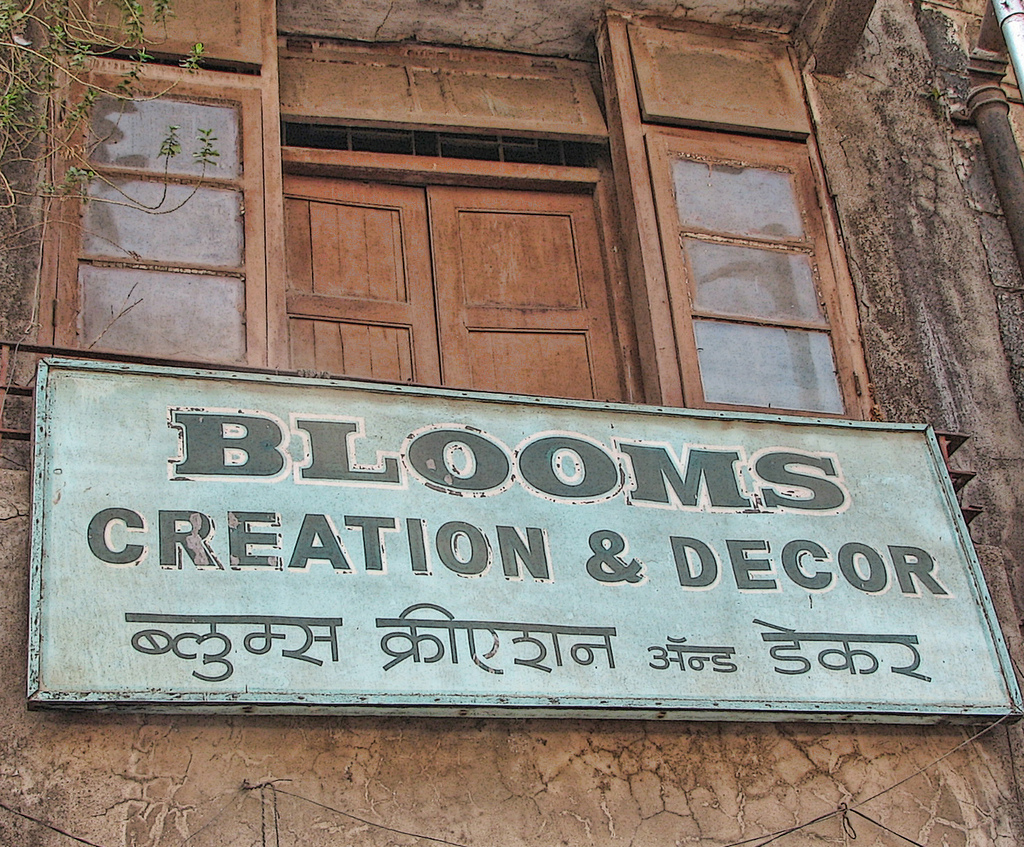
Language: hindi
Transcription: अँड ब्लुम्स डेकर क्रीएशन